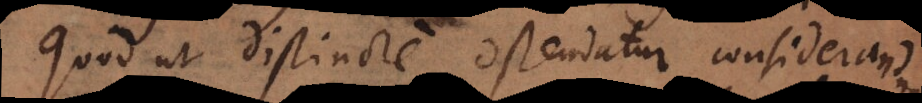
Quod ut distincte ostendatur considerandum